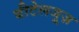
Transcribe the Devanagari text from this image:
बीटेलजूज़